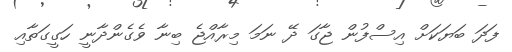
ފަދަ ބަޔަކަށް އިސްފުން ޖާގަ ދޭ ނަމަ މިރާއްޖެ ބިނާ ވެގެންދާނީ ހަގީގަތާއި